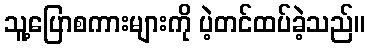
သူ့ပြောစကားများကို ပဲ့တင်ထပ်ခဲ့သည်။